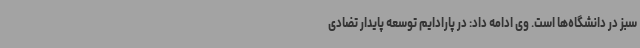
سبز در دانشگاه‌ها است. وی ادامه داد: در پارادایم توسعه پایدار تضادی